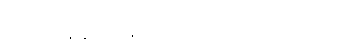
အခုအချိန်မှာ ချလိုက်ရင် ပိုကောင်းတယ်။